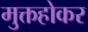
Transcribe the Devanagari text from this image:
मुक्तहोकर